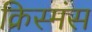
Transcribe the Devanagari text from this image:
क्रिस्मंस